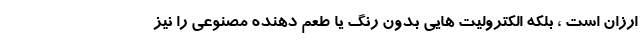
ارزان است ، بلکه الکترولیت هایی بدون رنگ یا طعم دهنده مصنوعی را نیز